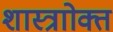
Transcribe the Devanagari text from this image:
शास्त्राोक्त